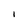
Character: l